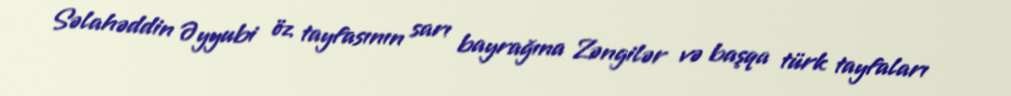
Səlahəddin Əyyubi öz tayfasının sarı bayrağına Zəngilər və başqa türk tayfaları